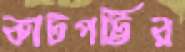
কাটপট্টির